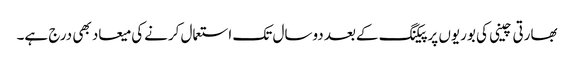
بھارتی چینی کی بوریوں پرپیکنگ کےبعد دوسال تک استعمال کرنےکی میعاد بھی درج ہے۔